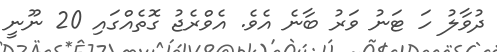
ދުވާލު ހަ ޓަނު ވަރު ބާނެ އެވެ. އެވްރެޖު ގޮތެއްގައި 20 ނޫނީ